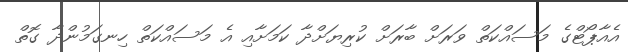
އެއާޕޯޓްގެ މަސައްކަތް ވަރަށް ބާރަށް ކުރިޔަށްދާ ކަމަށާއި އެ މަސައްކަތް ހިނގަމުންދާ ގޮތް